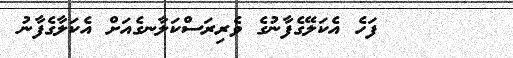
١٠      ފަހެ އެކަލޭގެފާނުގެ ވެރިރަސްކަލާނގެއަށް އެކަލާގެފާނު